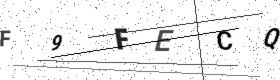
Text: F9FECQ